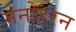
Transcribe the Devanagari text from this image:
मनोहरन